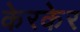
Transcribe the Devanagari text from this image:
केरकेर